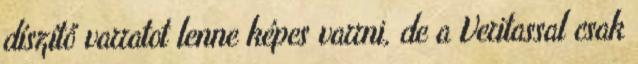
díszítő varratot lenne képes varrni, de a Veritassal csak